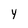
Character: y